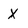
Character: x